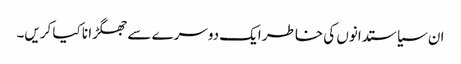
ان سیاستدانوں کی خاطر ایک دوسرے سے جھگڑا نا کیا کریں۔